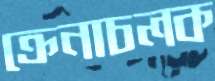
ক্রেনাচলক